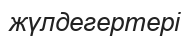
жүлдегертері